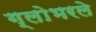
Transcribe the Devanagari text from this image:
ग्लोभरले